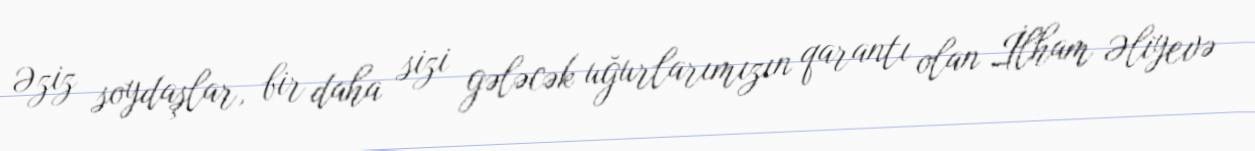
Əziz soydaşlar, bir daha sizi gələcək uğurlarımızın qarantı olan İlham Əliyevə